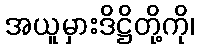
အယူမှားဒိဋ္ဌိတို့ကို၊